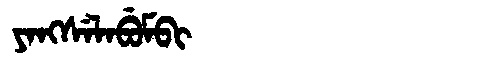
Manchu: ᠶᠠᠩᠰᡝᠯᠠᠪᡠᠮᠪᡳ
Romanization: YANGSELABUMBI